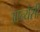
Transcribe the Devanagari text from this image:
आन्येसी